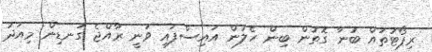
ރިޕޯޓުތައް ބުނާ ގޮތުން ބިން ހެލުން އައިސްފައި ވަނީ ރާއްޖެ ގަނޑިން މިއަދު